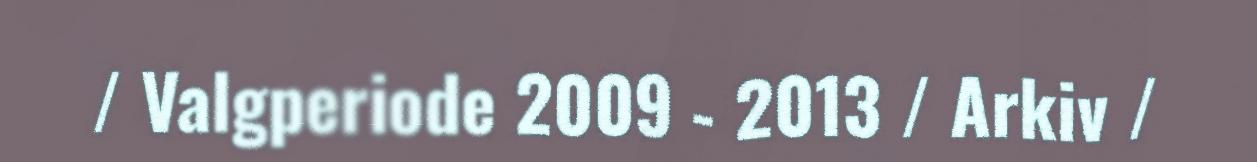
/ Valgperiode 2009 - 2013 / Arkiv /